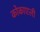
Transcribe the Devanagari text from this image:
कोकाएली